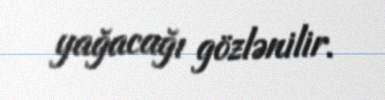
yağacağı gözlənilir.